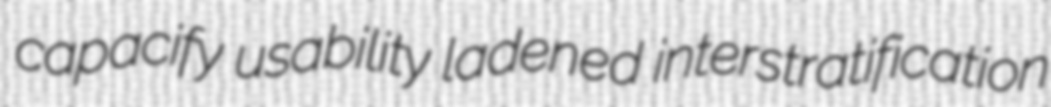
capacify usability ladened interstratification